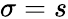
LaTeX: \sigma=s